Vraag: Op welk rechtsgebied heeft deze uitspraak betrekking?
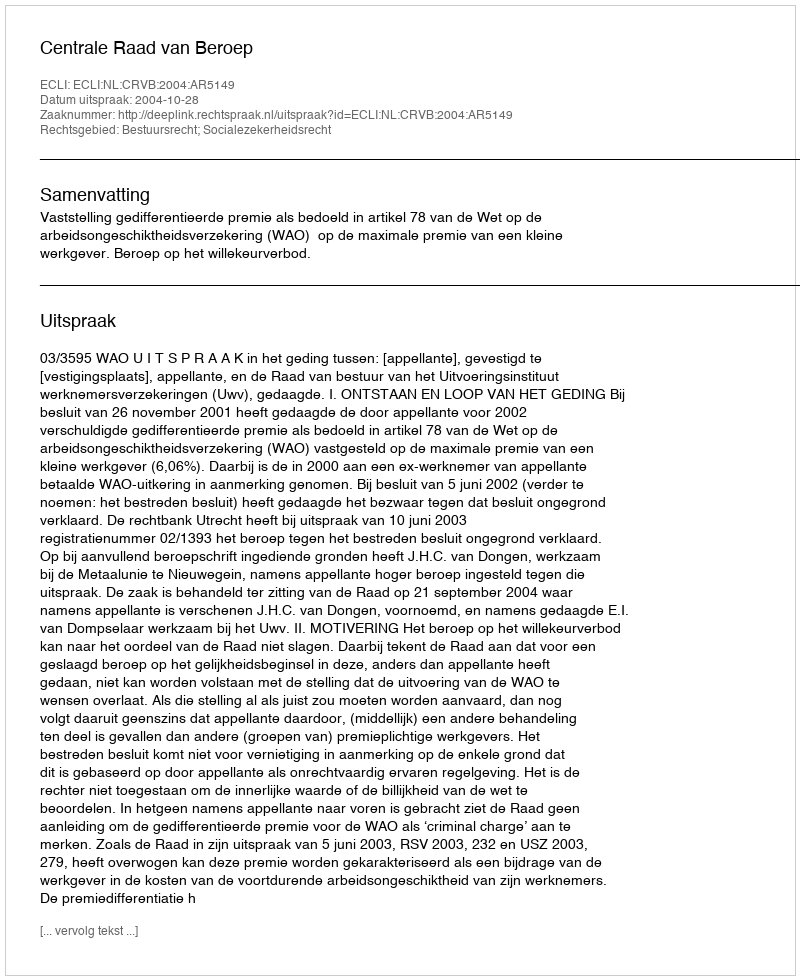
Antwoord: Bestuursrecht; Socialezekerheidsrecht